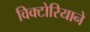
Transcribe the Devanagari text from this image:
विक्टोरियाने